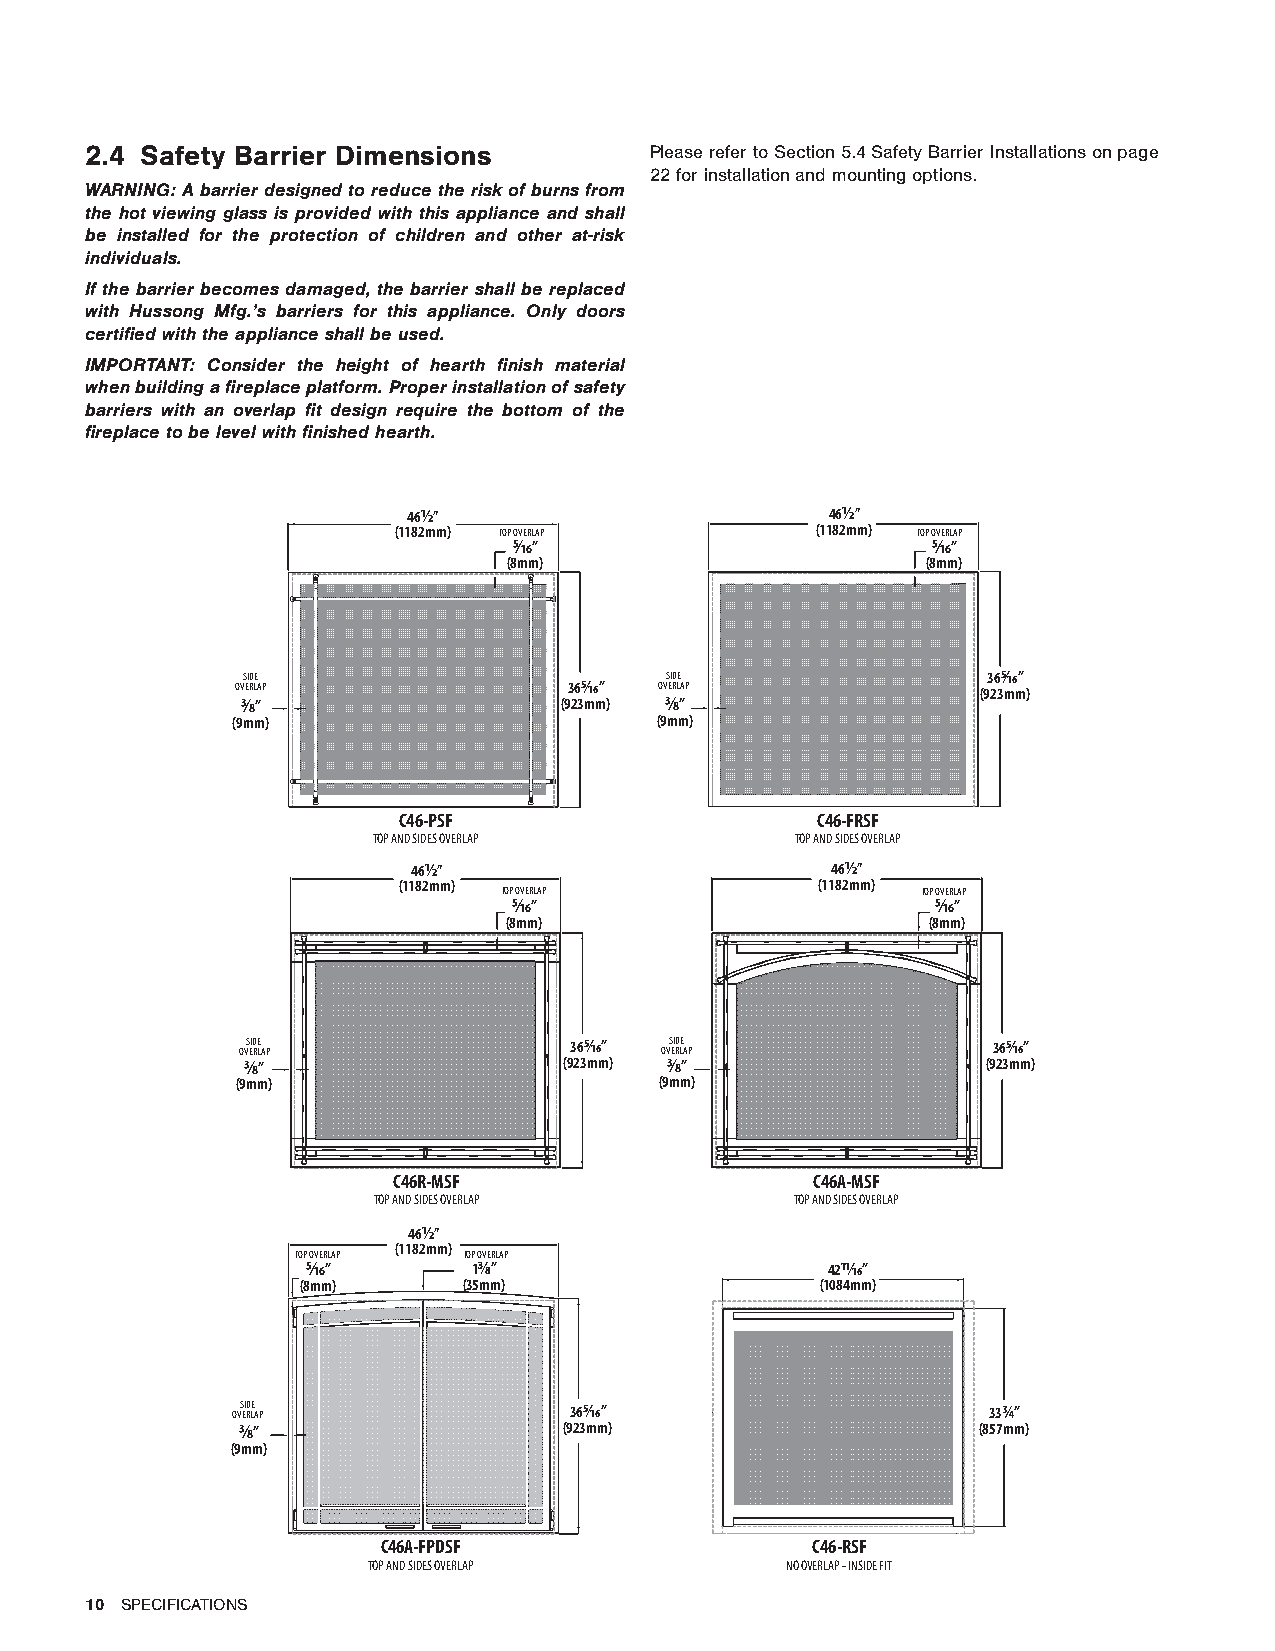
2.4 Safety Barrier Dimensions        Please refer to Section 5.4 Safety Barrier Installations on page
 22 for installation and mounting options.
 WARNING: A barrier designed to reduce the risk of burns from
 the hot viewing glass is provided with this appliance and shall
 be installed for the protection of children and other at-risk
 individuals.
 If the barrier becomes damaged, the barrier shall be replaced
 with Hussong Mfg.’s barriers for this appliance. Only doors
 certified with the appliance shall be used.
 IMPORTANT: Consider the height of hearth finish material
 when building a fireplace platform. Proper installation of safety
 barriers with an overlap fit design require the bottom of the
 fireplace to be level with finished hearth.
 46½”                        46½”
 (1182mm) TOP OVERLAP        (1182mm) TOP OVERLAP
 5⁄16”                       5⁄16”
 (8mm)                      (8mm)
 SIDE                        SIDE                 365⁄16”
 OVERLAP               365⁄16” OVERLAP            (923mm)
 3⁄8”                 (923mm) 3⁄8”
 (9mm)                       (9mm)
 C46-PSF                     C46-FRSF
 TOP AND SIDES OVERLAP       TOP AND SIDES OVERLAP
 46½”                        46½”
 (1182mm)                    (1182mm)
 TOP OVERLAP                 TOP OVERLAP
 5⁄16”                       5⁄16”
 (8mm)                        (8mm)
 OVS EID RLE
 AP
 365⁄16” OVS EID RLE
 AP
 365⁄16”
 3⁄8”                 (923mm) 3⁄8”                (923mm)
 (9mm)                       (9mm)
 C46R-MSF                    C46A-MSF
 TOP AND SIDES OVERLAP       TOP AND SIDES OVERLAP
 46½”
 (1182mm)
 TOP OVERLAP TOP OVERLAP
 5⁄16”      13⁄8”                   4211⁄16”
 (8mm)      (35mm)                 (1084mm)
 OVS EID RLE
 AP
 365⁄16”                    33¾”
 3⁄8”                 (923mm)                     (857mm)
 (9mm)
 C46A-FPDSF                   C46-RSF
 TOP AND SIDES OVERLAP       NO OVERLAP - INSIDE FIT
 10 SPECIFICATIONS